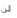
لن